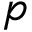
p